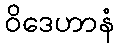
ဝိဒေဟာနံ